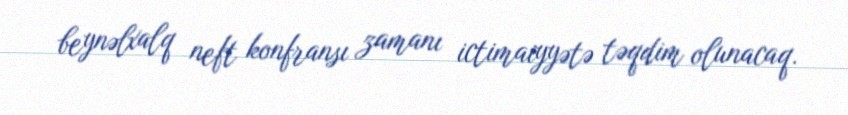
beynəlxalq neft konfransı zamanı ictimaiyyətə təqdim olunacaq.